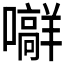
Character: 𪢟